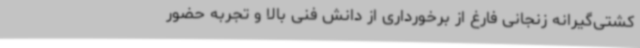
کشتی‌گیرانه زنجانی فارغ از برخورداری از دانش فنی بالا و تجربه حضور